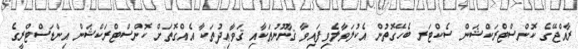
ރާއްޖޭގެ ކޮންސްޓްރަކްޝަން ސެކްޓަރ ބެހޭގޮތުން އެކުލަވާލެވިފައިވާ ޤާނޫނުތަކާއި ޤަވާޢިދުތަކާ އެއްގޮތަށް ކޮންސްޓްރަކްޝަން އިންޑަސްޓްރީގެ